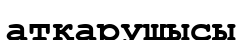
атқарушысы